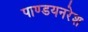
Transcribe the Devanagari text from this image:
पाण्डयनरेश